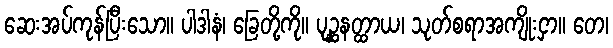
ဆေးအပ်ကုန်ပြီးသော။ ပါဒါနံ၊ ခြေတို့ကို။ ပုဉ္ဆနတ္ထာယ၊ သုတ်စရာအကျိုးငှာ။ တေ၊